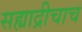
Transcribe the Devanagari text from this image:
सह्याद्रीचाच